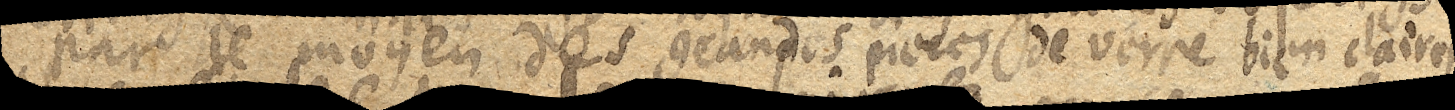
par le moyen des grandes pieces de verre bien claires